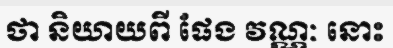
ថា និយាយពី ផែង វណ្ណៈ នោះ